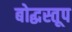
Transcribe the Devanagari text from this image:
बोद्धस्तूप